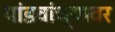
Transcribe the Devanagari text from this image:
पांडवांच्यावर